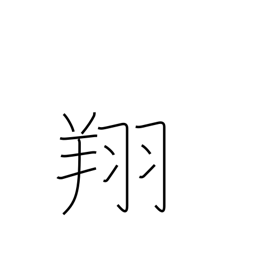
Meaning: soar